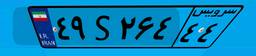
۴۵S۰۲۷۸۳